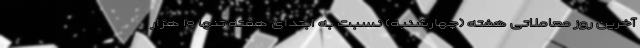
آخرین روز معاملاتی هفته (چهارشنبه) نسبت به ابتدای هفته تنها ۱۰ هزار